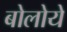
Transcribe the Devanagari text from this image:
बोलोये